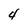
Character: 4